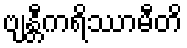
ဗျန္တီကရိဿာမီတိ